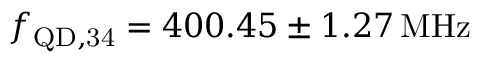
f _ { \mathrm { Q D , 3 4 } } = 4 0 0 . 4 5 \pm 1 . 2 7 \, \mathrm { M H z }